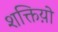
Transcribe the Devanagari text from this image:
शक्तिय़ो